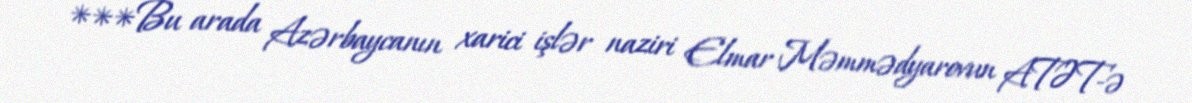
***Bu arada Azərbaycanın xarici işlər naziri Elmar Məmmədyarovun ATƏT-ə